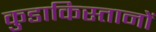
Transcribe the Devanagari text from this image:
कुडाकिस्तानों